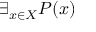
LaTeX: \exists _ { x \in X } P ( x )